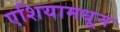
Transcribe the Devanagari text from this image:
एशियामधून